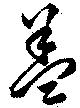
盖